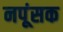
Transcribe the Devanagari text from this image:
नपूंसक